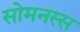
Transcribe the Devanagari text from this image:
सोमनस्स